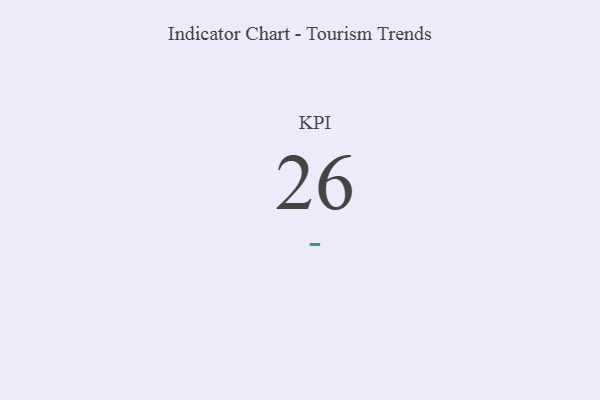
{"axis": {"x": "KPI", "y": "Value"}, "legend": [""], "data": [{"x": "KPI", "y": 26, "type": ""}]}